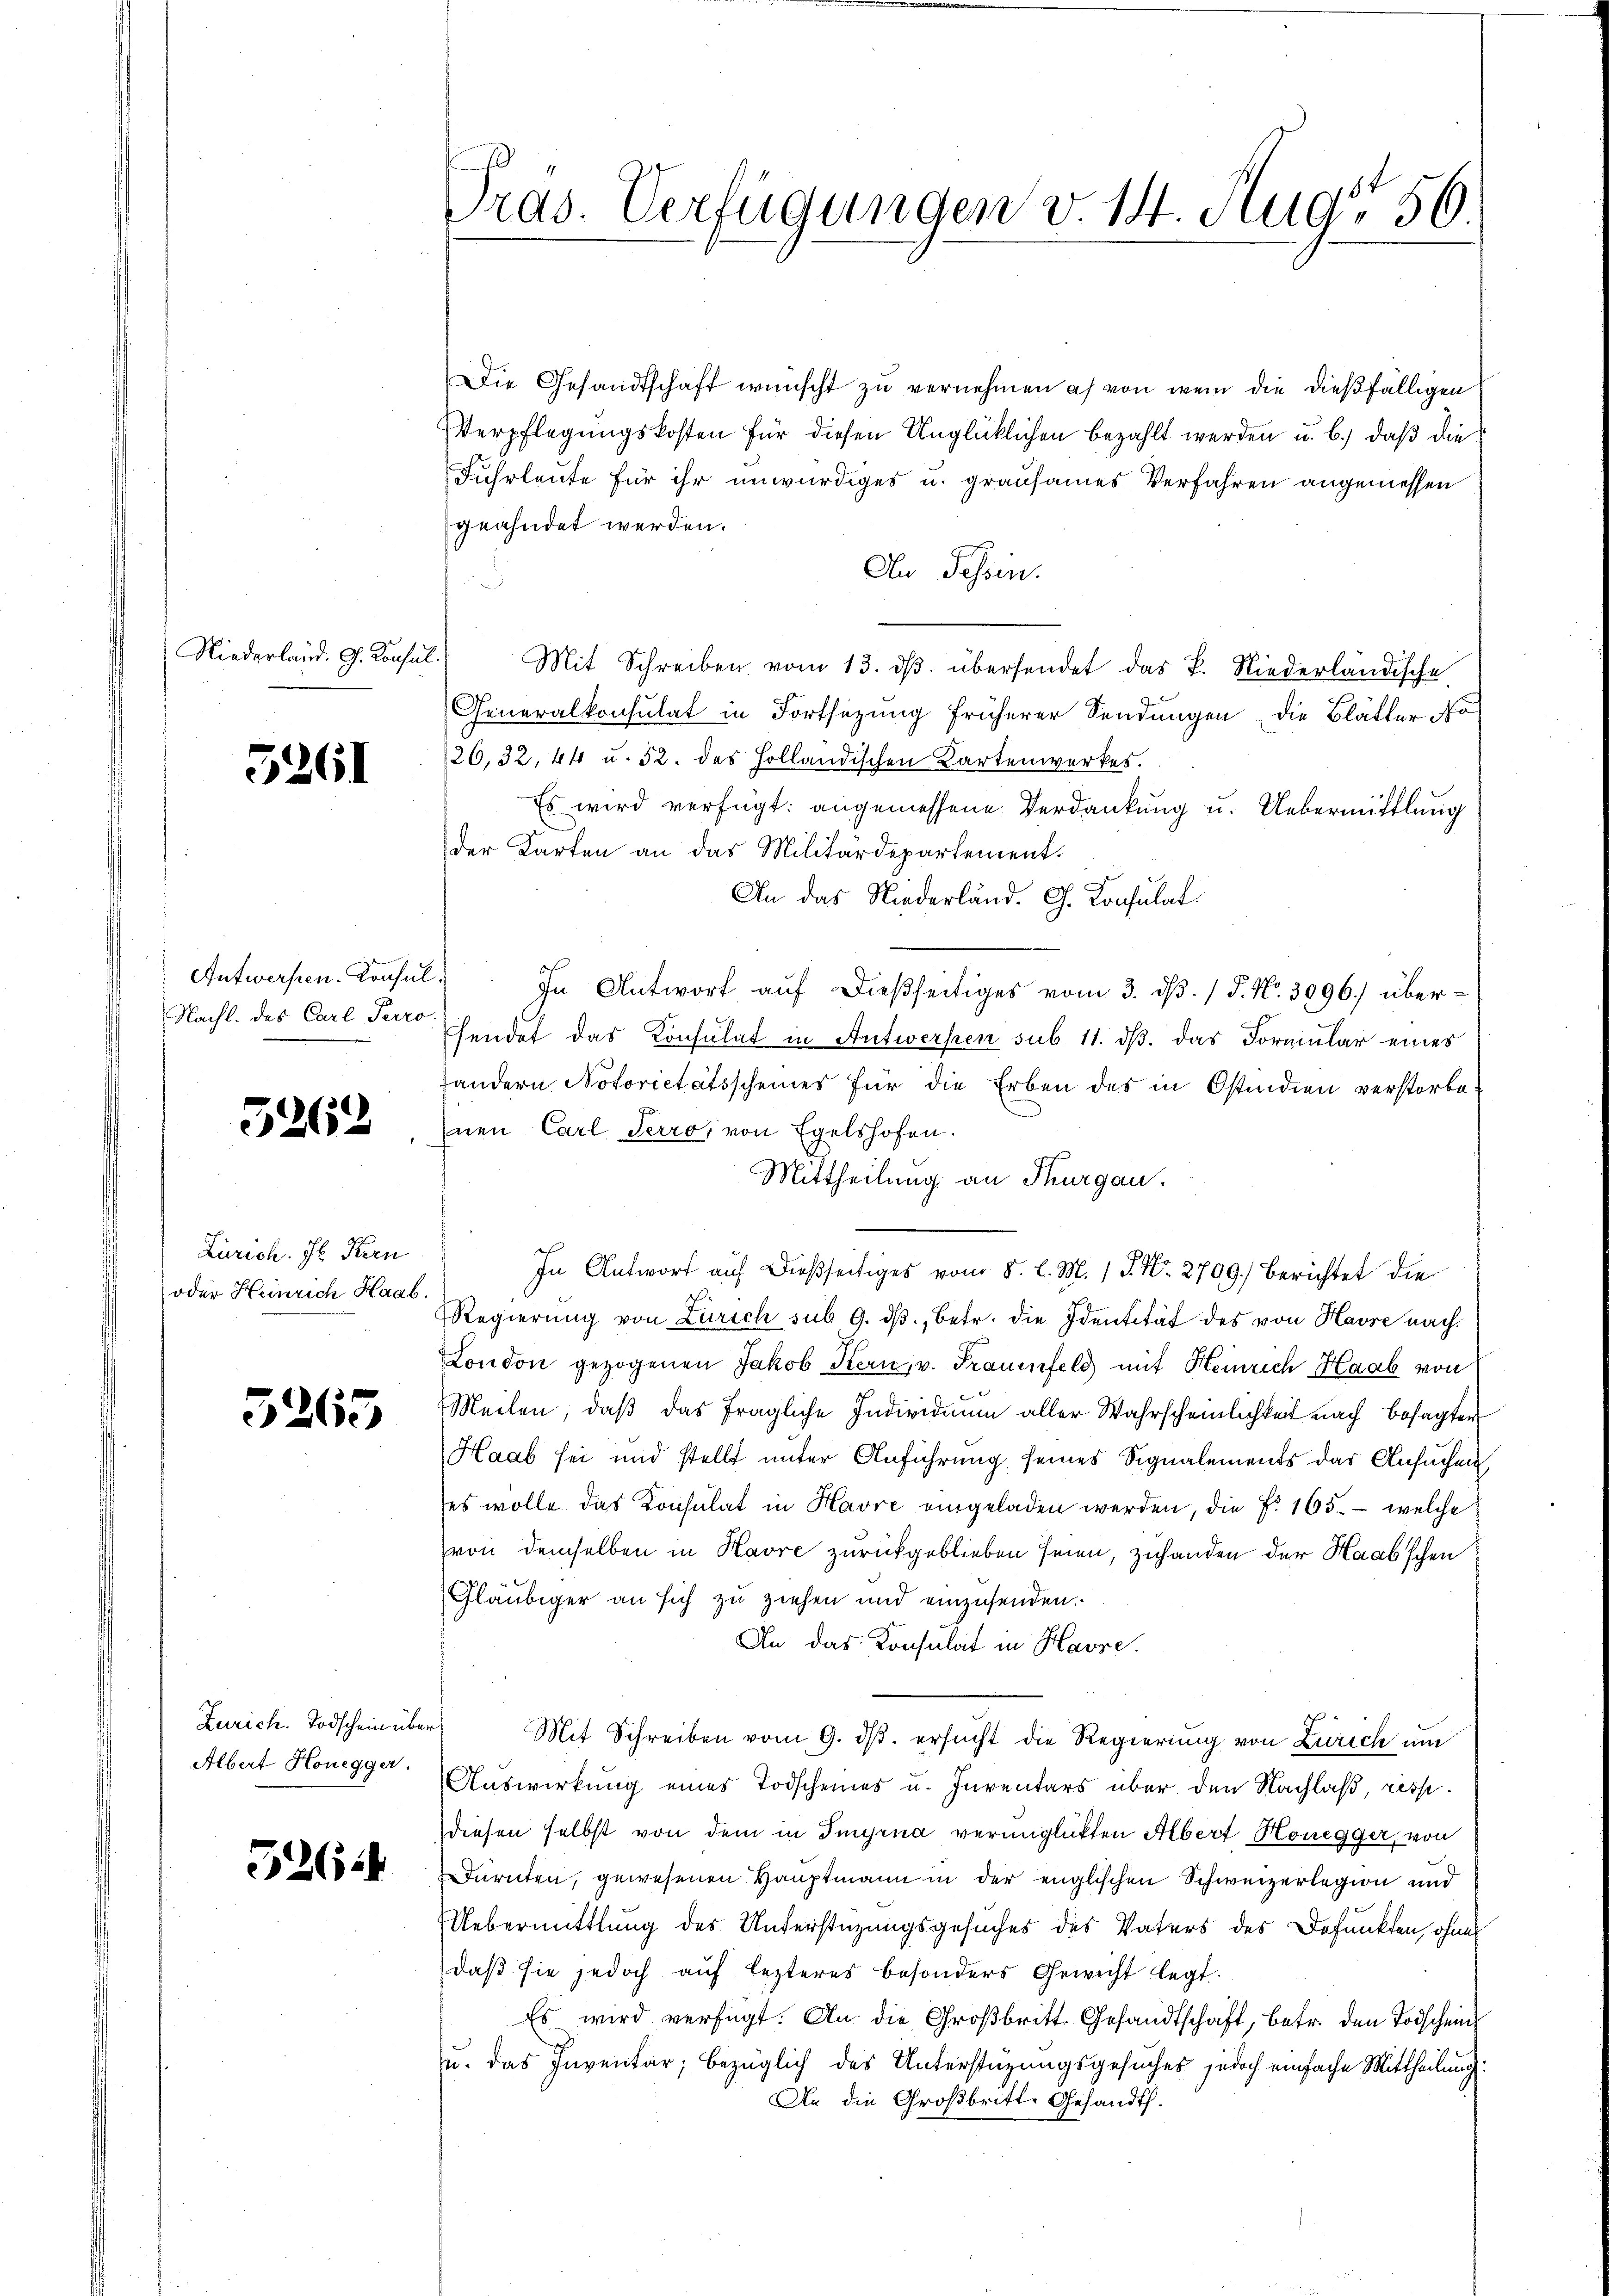
Niederland. G. Konsul

5261

Autwerfen. Konsul
Nacht. des Carl Perro

5262

Zürich. H. Kern
oder Heinrich Haab.

5265

Zürich. Todschein über
Albert Honegger.

526.

Tras. Verfügungen v. 14. Aug. 56.

Die Gesandtschaft wünscht zu vernehmen ich von wem die dießfälligen
Verpflegungskosten für diesen Unglücklichen bezahlt werden u. b.) daß die¬
Fuhrleute für ihr unwürdiges u. grausames Verfahren angemessen
geahndet werden.
An Tessin.
c
Mit Schreiben vom 13. ds. übersendet das P. Niederländische
Generalkonsulat in Fortsetzung früherer Sendungen die Blätter, so
26,32, 44 u. 52. des Holländischen Kartenwerkes.
Es wird verfügt: angemessene Verdankung u. Uebermittlung
der Karten an das Militärdepartement.
An das Niederländ. G. Konsulat
s
In Antwort auf dießseitiges vom 3. dβ. / P. Nr. 3096) übersendet das Konsulat in Antwerken sub 11. ds. das Formular eines
andern Notorietätsscheines für die Erben des in Ostindien verstorbeinen Carl Terro, von Egelshofen.
Mittheilung an Thurgau.
.
In Antwort auf dießseitiges vom 8. l. M. 1 P. Nr. 2709.) Berichtet die
Regierung von Zürich sub 9. dβ, betr. die Identität des von Havre nach¬
London gezogenen Jakob Kern, v. Frauenfeld mit Heinrich Haab von
Meilen, daß das fragliche Individuum aller Wahrscheinlichkeit nach besagter
Haab sei und stellt unter Anführung seines Signalements der Ansuchen
es wolle das Konsulat in Havre eingeladen werden, die No. 165. - welche
von demselben in Havre zurückgeblieben seien, zuhanden der Haab’schen
Gläubiger an sich zu ziehen und einzusenden.
An das Konsulat in Havre.
Mit Schreiben vom 9. dβ. ersucht die Regierung von Zürich um
Auswirkung eines Todscheines u. Inventars über den Nachlaß, resp
diesen selbst von dem in Imyrna verunglickten Albert Honegger, von
dürnten, gewesenen Hauptmann in der englischen Schweizerlegion und
Uebermittlung des Unterstüzungsgesuches des Vaters des Befunkten, ohnes
daß sie jedoch auf lezteres besonders Gewicht legt.
Es wird verfügt. An die Großbritt Gesandtschaft, betr. den Todschein
u. das Inventar, bezüglich des Unterstüzungsgesuches jedoch einfache Mittheilung
An die Großbritt-Gesandth.